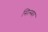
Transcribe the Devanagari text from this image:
सित्म्बर